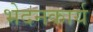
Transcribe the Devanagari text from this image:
भेदनकार्य